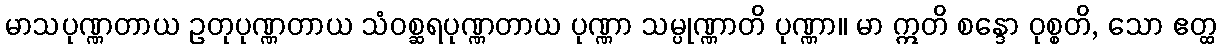
မာသပုဏ္ဏတာယ ဥတုပုဏ္ဏတာယ သံဝစ္ဆရပုဏ္ဏတာယ ပုဏ္ဏာ သမ္ပုဏ္ဏာတိ ပုဏ္ဏာ။ မာ ဣတိ စန္ဒော ဝုစ္စတိ, သော ဧတ္ထ